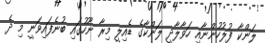
ލަންކާ ފުލުހުންނާއި ހަވާލާދީ ލަންކާގެ ޑެއިލީ މިރާ ނޫހުގައި ބުނެފައިވަނީ މި ދެ